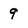
Character: 9